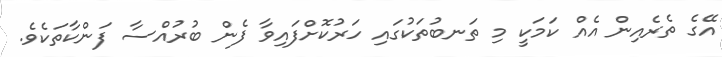
އޭގެ ތެރެއިން އެއް ކަމަކީ މި ތަނބުތަކުގައި ހަރުކޮށްފައިވާ ފެން ބުރުއްސާ ފަންކާތަކެވެ.